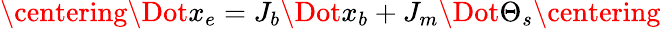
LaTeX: \centering\Dot{x_{e}}=J_{b}\Dot{x_{b}}+J_{m}\Dot{\Theta_{s}}\centering